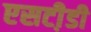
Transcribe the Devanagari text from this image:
एसटी़डी